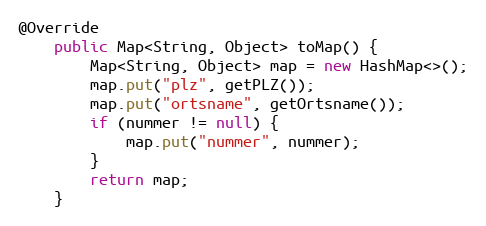
Language: Java
@Override
    public Map<String, Object> toMap() {
        Map<String, Object> map = new HashMap<>();
        map.put("plz", getPLZ());
        map.put("ortsname", getOrtsname());
        if (nummer != null) {
            map.put("nummer", nummer);
        }
        return map;
    }